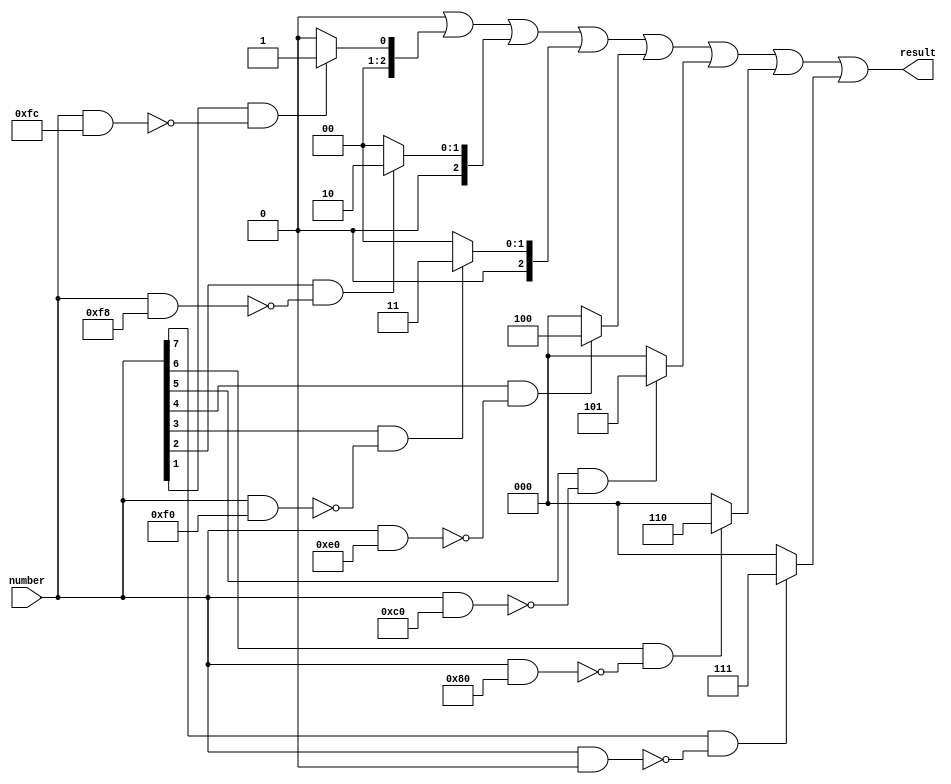
module log(
    input wire [7:0] number,
    output wire [2:0] result
);

wire  offset [7:0];
wire [2:0] midle_res[7:0];



assign midle_res[7] = ((number[7] == 1) && !(number & (8'b11111111 <<8))) ? 3'd7 : 3'd0;
assign midle_res[6] = ((number[6] == 1) && !(number & (8'b11111111 <<7))) ? 3'd6 : 3'd0;
assign midle_res[5] = ((number[5] == 1) && !(number & (8'b11111111 <<6))) ? 3'd5 : 3'd0;
assign midle_res[4] = ((number[4] == 1) && !(number & (8'b11111111 <<5))) ? 3'd4 : 3'd0;
assign midle_res[3] = ((number[3] == 1) && !(number & (8'b11111111 <<4))) ? 3'd3 : 3'd0;
assign midle_res[2] = ((number[2] == 1) && !(number & (8'b11111111 <<3))) ? 3'd2 : 3'd0;
assign midle_res[1] = ((number[1] == 1) && !(number & (8'b11111111 <<2))) ? 3'd1 : 3'd0;
assign midle_res[0] = ((number[0] == 1) && !(number & (8'b11111111 <<1))) ? 3'd0 : 3'd0;


assign result = midle_res[0] | midle_res[1] | midle_res[2] | midle_res[3] | midle_res[4] | midle_res[5] | midle_res[6] | midle_res[7];



endmodule